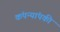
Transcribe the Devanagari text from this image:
कंपन्यांपकी